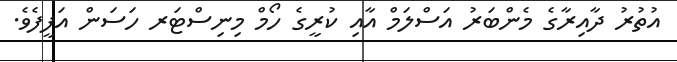
އުތުރު ދާއިރާގެ މެންބަރު އަސްލަމް އާއި ކުރީގެ ހޯމް މިނިސްޓަރ ހަސަން އަފީފެވެ.